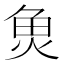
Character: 𮫬